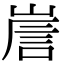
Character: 𡹼